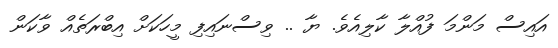
އައިސް މަންމަ ފުއްލާ ކާލިއެވެ. ޔާ .. ވިސްނައިފި މީހަކަށް އިބްރަތެއް ވާކަން